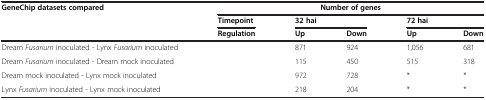
<table><thead><tr><td><b>GeneChip datasets compared</b></td><td><b> </b></td><td colspan="4"><b>Number of genes</b></td></tr><tr><td><b> </b></td><td><b>Timepoint</b></td><td colspan="2"><b>32 hai</b></td><td colspan="2"><b>72 hai</b></td></tr><tr><td><b> </b></td><td><b>Regulation</b></td><td><b>Up</b></td><td><b>Down</b></td><td><b>Up</b></td><td><b>Down</b></td></tr></thead><tbody><tr><td>Dream <i>Fusarium</i> inoculated - Lynx <i>Fusarium</i> inoculated</td><td> </td><td>871</td><td>924</td><td>1,056</td><td>681</td></tr><tr><td>Dream <i>Fusarium</i> inoculated - Dream mock inoculated</td><td> </td><td>115</td><td>450</td><td>515</td><td>318</td></tr><tr><td>Dream mock inoculated - Lynx mock inoculated</td><td> </td><td>972</td><td>728</td><td>*</td><td>*</td></tr><tr><td>Lynx <i>Fusarium</i> inoculated - Lynx mock inoculated</td><td> </td><td>218</td><td>204</td><td>*</td><td>*</td></tr></tbody></table>